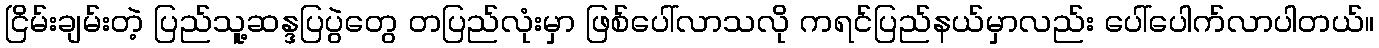
ငြိမ်းချမ်းတဲ့ ပြည်သူ့ဆန္ဒပြပွဲတွေ တပြည်လုံးမှာ ဖြစ်ပေါ်လာသလို ကရင်ပြည်နယ်မှာလည်း ပေါ်ပေါက်လာပါတယ်။